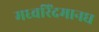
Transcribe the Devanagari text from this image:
मध्वरिंदमानघ